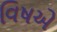
વિષએ